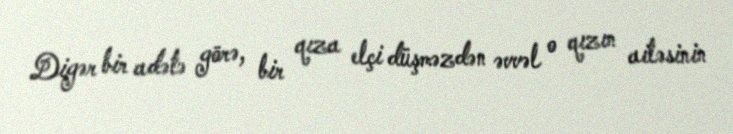
Digər bir adətə görə, bir qıza elçi düşməzdən əvvəl o qızın ailəsinin